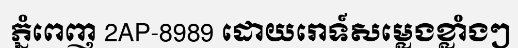
ភ្នំពេញ 2AP-8989 ដោយរោទ៍សម្លេងខ្លាំងៗ